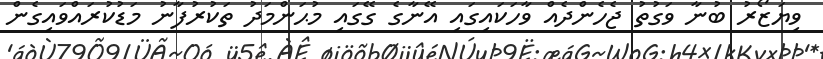
ވިޔަޒޯރު ބުނާ ވަގުތު ޖެހެންދެއް ވާހަކައިގައި އޭނާގެ ގޭގައި މުޙަންމަދު ތަކުރުފާނު މަޑުކުރައްވައިގެން